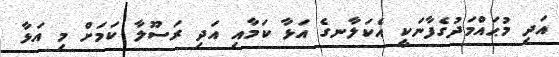
އަދި މުޙައްމަދުގެފާނަކީ އެކަލާނގެ އަޅާ ކަމާއި އަދި ރަސޫލާ ކަމަށް މި އަޅާ